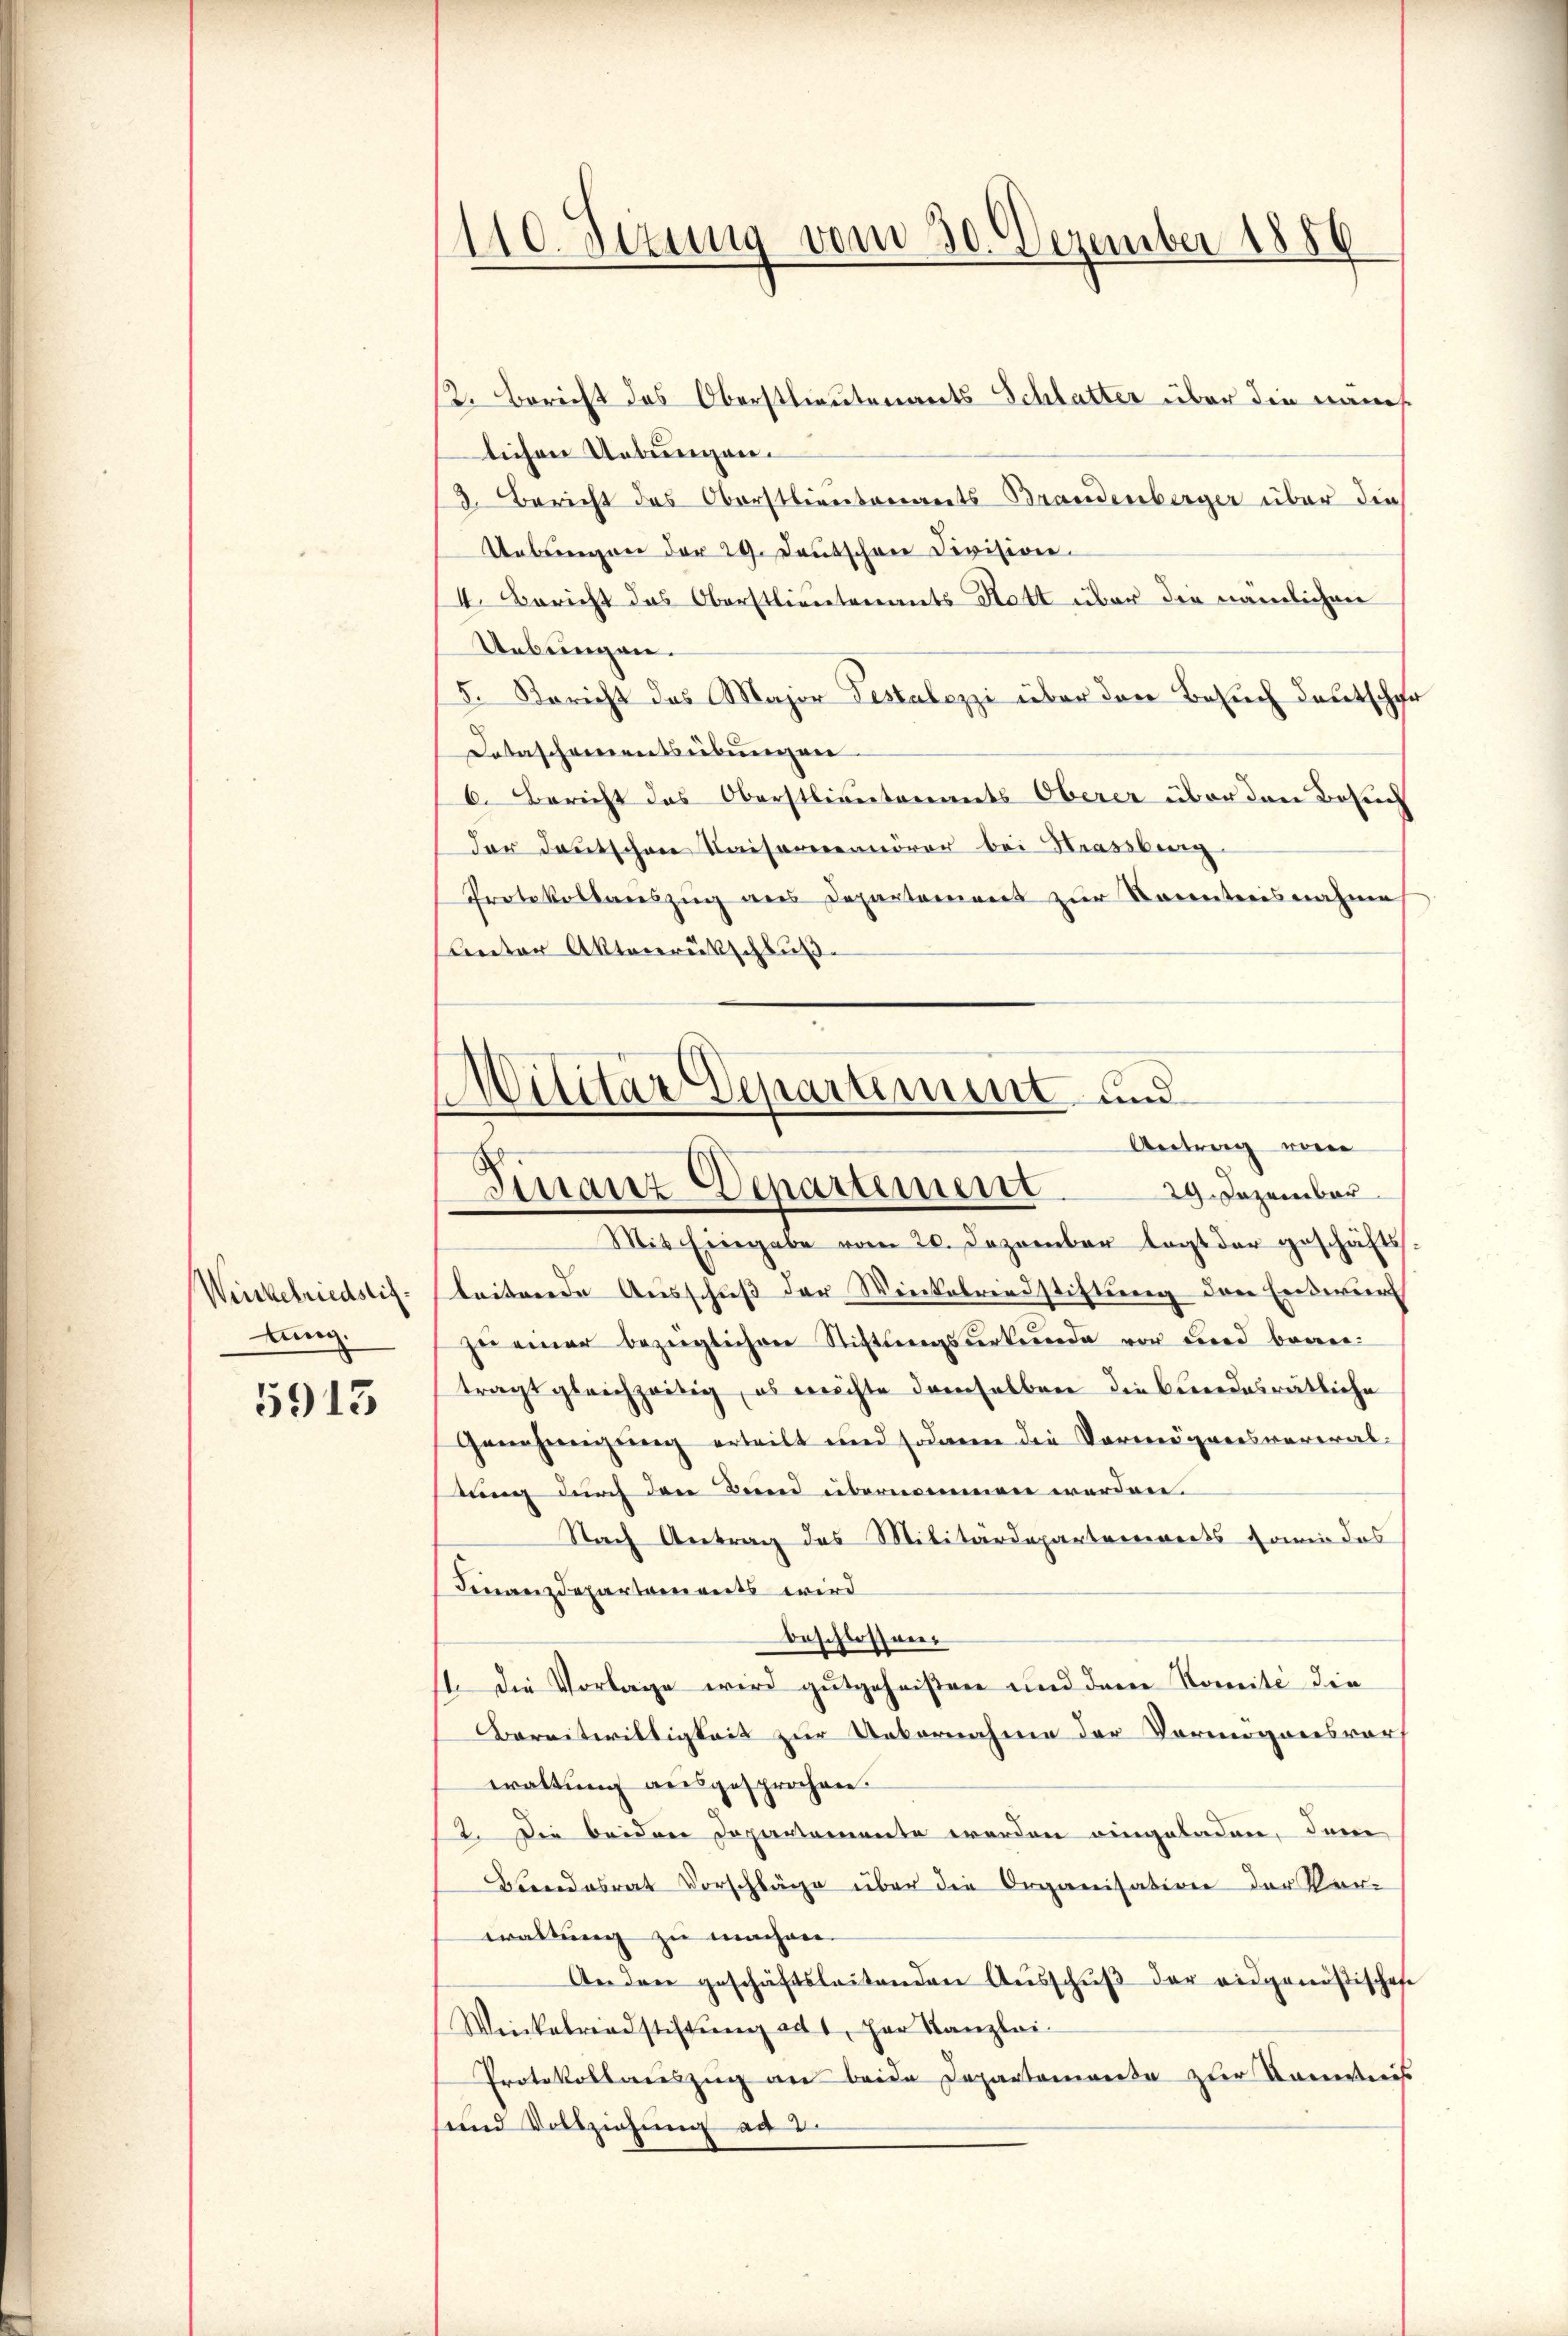
Weisbefriedstiftung.

5913

110. Jezung vom 30. Dezember 1886

2. Bericht das Oberstlieutenants Schlatter über die näch
lichen Uebungen.
3. Bericht des Oberstlieutenants Brandenberger über die
Uebungen der 29. Deutschen Division.
4. Bericht das Oberstlieutenants Statt über die nämlichen
Uebungen.
5. Bericht des Major Testalozzi über den Besuch deutsche
Dotascheinentsübungen
6. Bericht das Oberstlieutenants Oberer über den Besuch
der deutschen Kaisernennöver bei Strassbun
Protokollauszug aus Departement zur Kenntnisnahme
Creter Aktenrückschluß
Mit Eingabe vom 20. Dezember legt der geschäftsleitende Ausschuß der Winkelriedstiftung den Entwurf
ze einer bezüglichen Stiftlingsurkunde vor und beantragt gleichzeitig, es möchte demselben die kindesrätliche
Genehmigung erteilt und sodann die Vermögensverwaltung durch den Bund übernommen werden.
Nach Antrag des Militärdepartenwerts sowie das
Finanzdepartements wird
beschlossen.
11. Die Vorlage wird gutgeheißen und dem Komité die
BBereitwiltigkeit zur Uebernahme der Vermögensverf
waltung ausgesprochen.
2. Die beiden Departemente werden eingeladen, den
Bundesrat Vorschläge über die Organisation der Vor-
waltung zu machen.
Andere geschäftsleitenden Aŭsschŭβ der eidgenößisches
Wickalreadstiftŭng ad 1, her Kanzlei-
Protokollauszug an beide Departemente zur Kenntnis
sund Vollziehung ad 2.

Wilitar Departement und
Antrag von
Finanz-Departement
29. Dezember